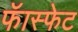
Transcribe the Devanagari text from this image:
फॅास्फेट